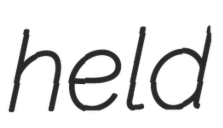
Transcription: held